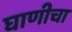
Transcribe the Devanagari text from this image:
घाणीचा